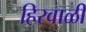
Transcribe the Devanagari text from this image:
हिरवाळी